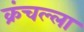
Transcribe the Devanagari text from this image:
क्रंचल्ला